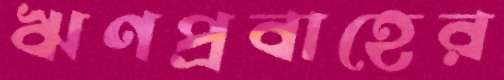
ঋণপ্রবাহের